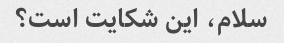
سلام، این شکایت است؟